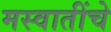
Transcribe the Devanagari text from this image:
मस्वातींचे